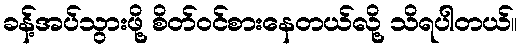
ခန့်အပ်သွားဖို့ စိတ်ဝင်စားနေတယ်လို့ သိရပါတယ်။